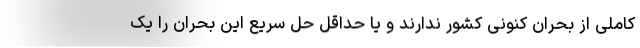
کاملی از بحران کنونی کشور ندارند و یا حداقل حل سریع این بحران را یک